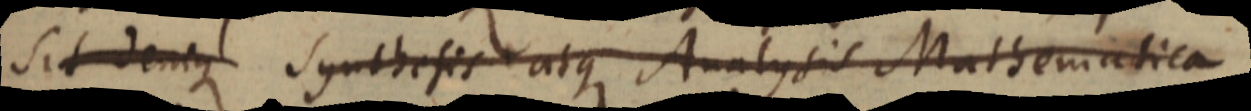
sint denique Synthesis atque Analysis Mathematica